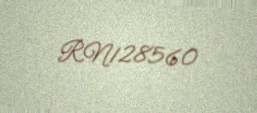
RN128560